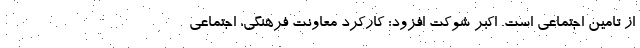
از تامین اجتماعی است. اکبر شوکت افزود: کارکرد معاونت فرهنگی، اجتماعی